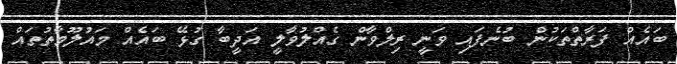
ބައެއް ފަރާތްތަކުން ބުނެފައި ވަނީ ރިލްވާން ގެއްލުވާލީ އަދީބާ ގުޅޭ ބައެއް މައުލޫމާތުތައް